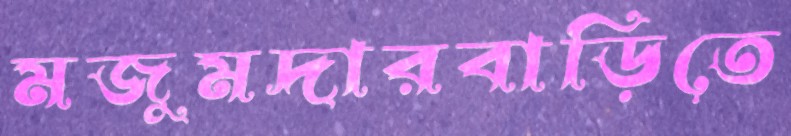
মজুমদারবাড়িতে